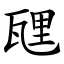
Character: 瓼